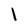
Character: i